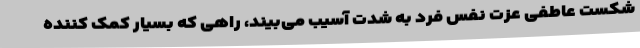
شکست عاطفی عزت نفس فرد به شدت آسیب می‌بیند، راهی که بسیار کمک کننده